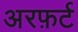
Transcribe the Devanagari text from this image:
अरफ़र्ट